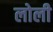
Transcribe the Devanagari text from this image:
लोली